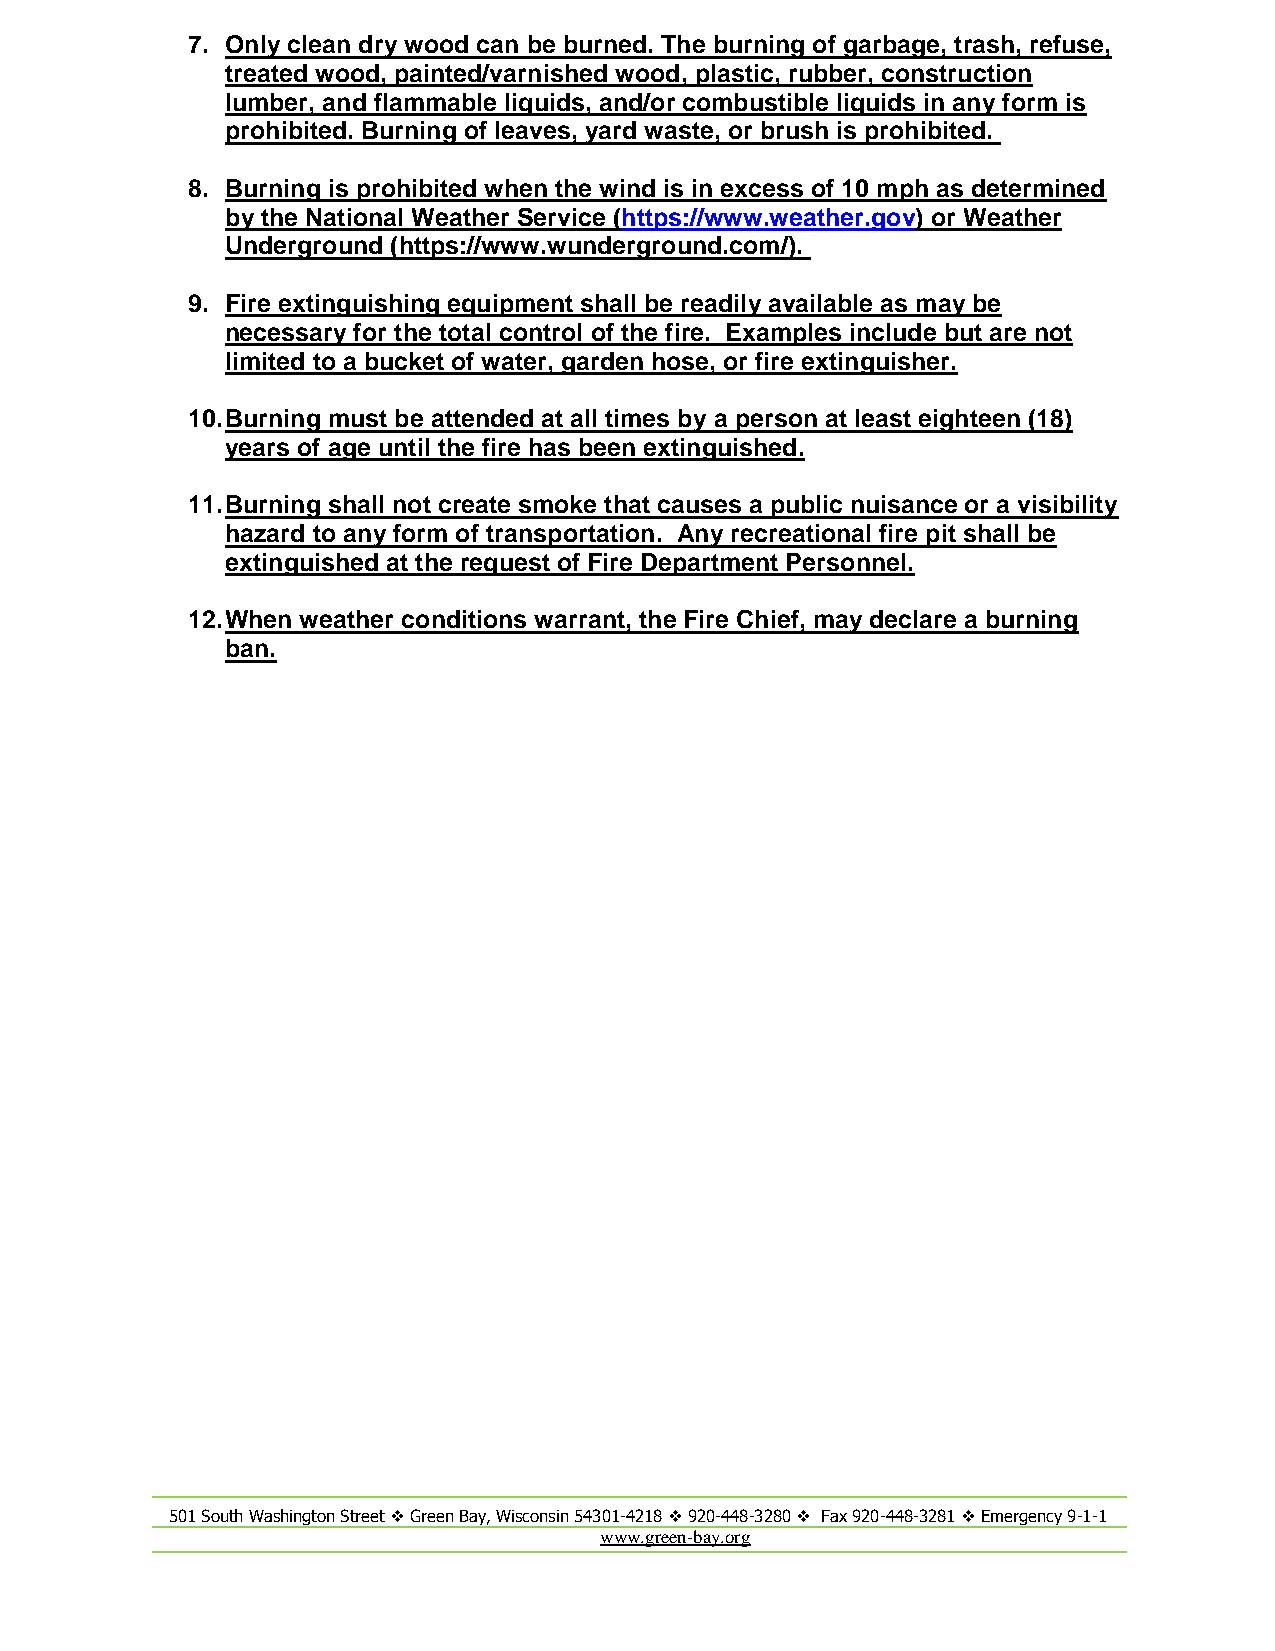
7. Only clean dry wood can be burned. The burning of garbage, trash, refuse,
 treated wood, painted/varnished wood, plastic, rubber, construction
 lumber, and flammable liquids, and/or combustible liquids in any form is
 prohibited. Burning of leaves, yard waste, or brush is prohibited.
 8. Burning is prohibited when the wind is in excess of 10 mph as determined
 by the National Weather Service (https://www.weather.gov) or Weather
 Underground (https://www.wunderground.com/).
 9. Fire extinguishing equipment shall be readily available as may be
 necessary for the total control of the fire. Examples include but are not
 limited to a bucket of water, garden hose, or fire extinguisher.
 10. Burning must be attended at all times by a person at least eighteen (18)
 years of age until the fire has been extinguished.
 11. Burning shall not create smoke that causes a public nuisance or a visibility
 hazard to any form of transportation. Any recreational fire pit shall be
 extinguished at the request of Fire Department Personnel.
 12. When weather conditions warrant, the Fire Chief, may declare a burning
 ban.
 501 South Washington Street  Green Bay, Wisconsin 54301-4218  920-448-3280  Fax 920-448-3281  Emergency 9-1-1
 www.green-bay.org